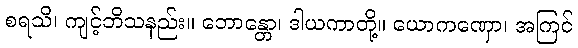
စရသိ၊ ကျင့်ဘိသနည်း။ ဘောန္တော၊ ဒါယကာတို့။ ယောကဏှော၊ အကြင်